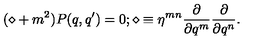
( \diamond + m ^ { 2 } ) P ( q , q ^ { \prime } ) = 0 ; \diamond \equiv \eta ^ { m n } \frac { \partial } { \partial q ^ { m } } \frac { \partial } { \partial q ^ { n } } .